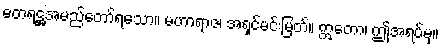
ဓတရဋ္ဌအမည်တော်ရသော။ မဟာရာဇ၊ အရှင်မင်းမြတ်။ ဣတော၊ ဤအရပ်မှ။